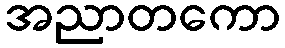
အညာတကော